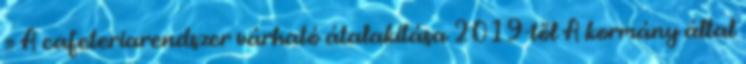
» A cafeteriarendszer várható átalakítása 2019-től A kormány által